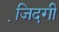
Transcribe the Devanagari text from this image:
जि़दगी